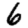
Digit: 6